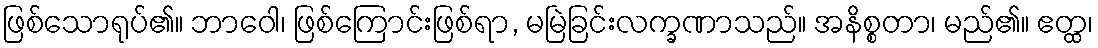
ဖြစ်သောရုပ်၏။ ဘာဝေါ၊ ဖြစ်ကြောင်းဖြစ်ရာ, မမြဲခြင်းလက္ခဏာသည်။ အနိစ္စတာ၊ မည်၏။ ဧတ္ထ၊